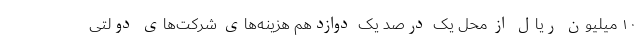
۱۰ میلیون ریال از محل یک درصد یک دوازدهم هزینه‌های شرکت‌های دولتی